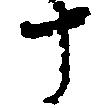
十